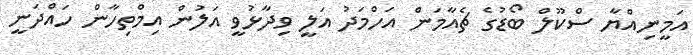
އަމީނިއްޔާ ސްކޫލް ބޯޑުގެ ޗެއާމަން އަހްމަދު އަލީ ވިދާޅުވީ އަލުން އިމްތިހާން ހައްދަނީ